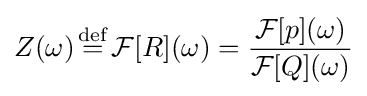
Z(\omega ){\stackrel {\mathrm {def} }{{}={}}}{\mathcal {F}}[R](\omega )={\frac {{\mathcal {F}}[p](\omega )}{{\mathcal {F}}[Q](\omega )}}